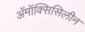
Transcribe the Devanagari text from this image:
अॅमॉक्सिसिलीन